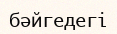
бәйгедегі